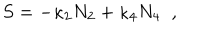
LaTeX: S = - \kappa _ { 2 } N _ { 2 } + \kappa _ { 4 } N _ { 4 } \; \; ,